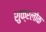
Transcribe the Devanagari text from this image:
शुक्रलोक